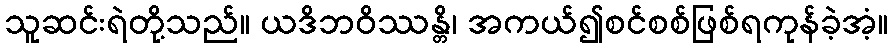
သူဆင်းရဲတို့သည်။ ယဒိဘဝိဿန္တိ၊ အကယ်၍စင်စစ်ဖြစ်ရကုန်ခဲ့အံ့။